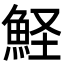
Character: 𩶜